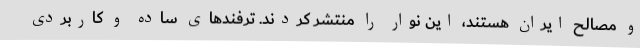
و مصالح ایران هستند، این نوار را منتشر کردند. ترفندهای ساده و کاربردی